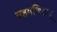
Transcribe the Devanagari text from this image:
ग्रहगणितम्